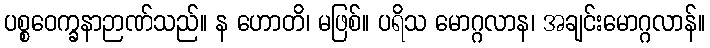
ပစ္စဝေက္ခနာဉာဏ်သည်။ န ဟောတိ၊ မဖြစ်။ ပရိသ မောဂ္ဂလာန၊ အချင်းမောဂ္ဂလာန်။